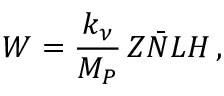
W = \frac { k _ { \nu } } { M _ { P } } \, Z \bar { N } L H \, ,